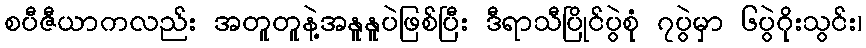
စပီဇီယာကလည်း အတူတူနဲ့အနူနူပဲဖြစ်ပြီး ဒီရာသီပြိုင်ပွဲစုံ ၇ပွဲမှာ ၆ပွဲဂိုးသွင်း၊